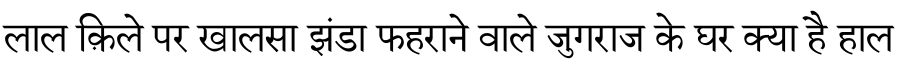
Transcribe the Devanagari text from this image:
लाल क़िले पर खालसा झंडा फहराने वाले जुगराज के घर क्या है हाल